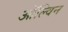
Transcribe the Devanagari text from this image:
ऑल्विन